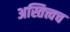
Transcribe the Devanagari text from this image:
अस्तित्त्वच